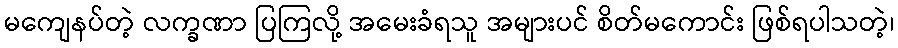
မကျေနပ်တဲ့ လက္ခဏာ ပြကြလို့ အမေးခံရသူ အများပင် စိတ်မကောင်း ဖြစ်ရပါသတဲ့၊